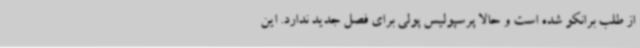
از طلب برانکو شده است و حالا پرسپولیس پولی برای فصل جدید ندارد. این